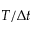
T / \Delta t